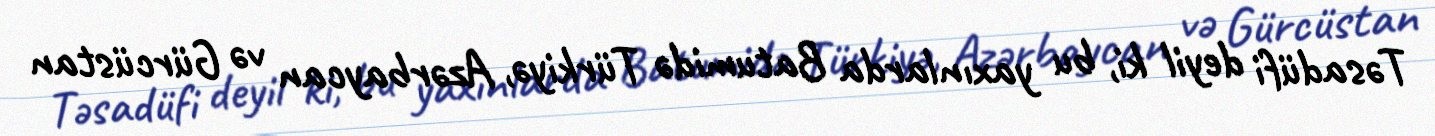
Təsadüfi deyil ki, bu yaxınlarda Batumidə Türkiyə, Azərbaycan və Gürcüstan